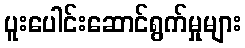
ပူးပေါင်းဆောင်ရွက်မှုများ